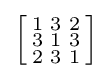
\left[{\begin{smallmatrix}1&3&2\\3&1&3\\2&3&1\end{smallmatrix}}\right]